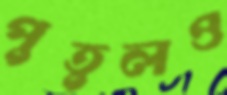
পুতুলও